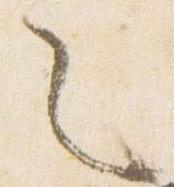
々